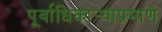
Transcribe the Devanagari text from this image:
पूर्वाधिकार्‍याप्रमाणे